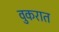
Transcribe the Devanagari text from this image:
वुकरात